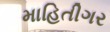
માહિતીગર